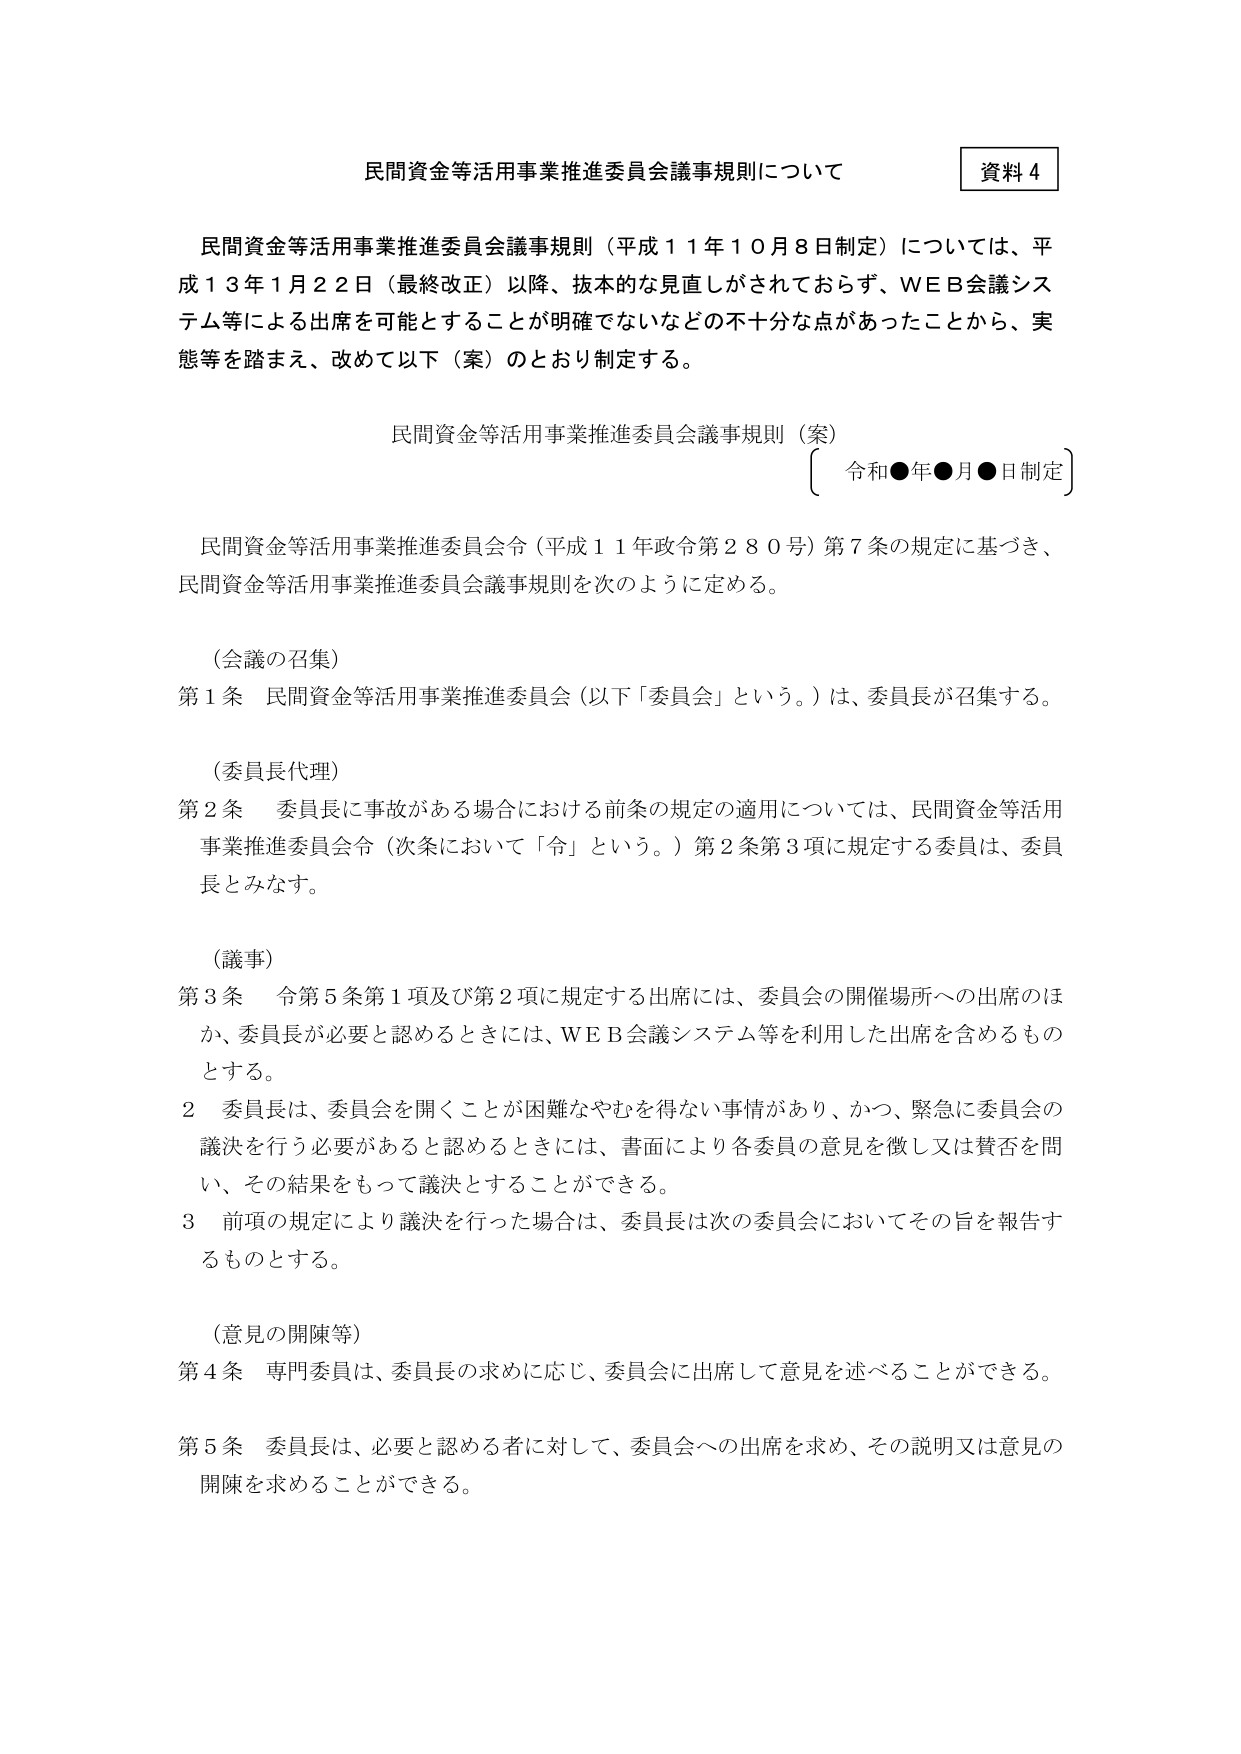
民間資金等活用事業推進委員会議事規則について

資料４

民間資金等活用事業推進委員会議事規則（平成１１年１０月８日制定）については、平成１３年１月２２日（最終改正）以降、抜本的な見直しがされておらず、ＷＥＢ会議システム等による出席を可能とすることが明確でないなどの不十分な点があったことから、実態等を踏まえ、改めて以下（案）のとおり制定する。

民間資金等活用事業推進委員会議事規則（案）
〔令和●年●月●日制定〕

民間資金等活用事業推進委員会令（平成１１年政令第２８０号）第７条の規定に基づき、民間資金等活用事業推進委員会議事規則を次のように定める。

（会議の召集）
第１条　民間資金等活用事業推進委員会（以下「委員会」という。）は、委員長が召集する。

（委員長代理）
第２条　委員長に事故がある場合における前条の規定の適用については、民間資金等活用事業推進委員会令（次条において「令」という。）第２条第３項に規定する委員は、委員長とみなす。

（議事）
第３条　令第５条第１項及び第２項に規定する出席には、委員会の開催場所への出席のほか、委員長が必要と認めるときには、ＷＥＢ会議システム等を利用した出席を含めるものとする。

２　委員長は、委員会を開くことが困難なやむを得ない事情があり、かつ、緊急に委員会の議決を行う必要があると認めるときには、書面により各委員の意見を徴し又は賛否を問い、その結果をもって議決とすることができる。

３　前項の規定により議決を行った場合は、委員長は次の委員会においてその旨を報告するものとする。

（意見の開陳等）
第４条　専門委員は、委員長の求めに応じ、委員会に出席して意見を述べることができる。

第５条　委員長は、必要と認める者に対して、委員会への出席を求め、その説明又は意見の開陳を求めることができる。